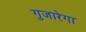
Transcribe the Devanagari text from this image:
गुजारेगा